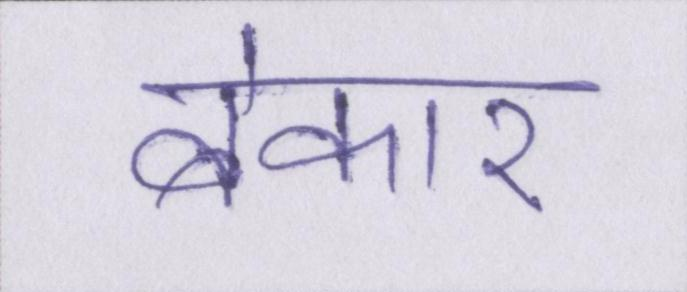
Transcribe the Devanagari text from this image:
बेकार